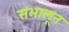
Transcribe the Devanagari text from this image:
संभालून